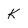
Character: k